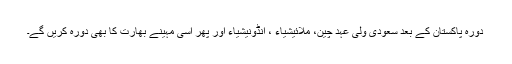
دورہ پاکستان کے بعد سعودی ولی عہد چین، ملائیشیاء ، انڈونیشیاء اور پھر اسی مہینے بھارت کا بھی دورہ کریں گے۔